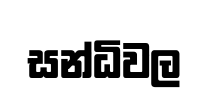
සන්ධිවල